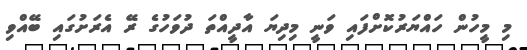
މި މީހުން ހައްޔަރުކޮށްފައި ވަނީ މިދިޔަ އާދީއްތަ ދުވަހުގެ ރޭ އެރަށުގައި ބޭއްވި